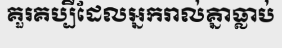
គួរគប្បីដែលអ្នករាល់គ្នាធ្លាប់